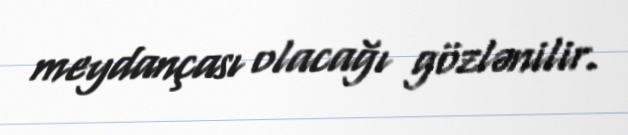
meydançası olacağı gözlənilir.